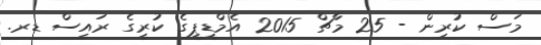
މަސް ކުރިން - 25 މާޗް 2015 އެމްޑީޕީގެ ކުރީގެ ރައީސް ޑރ.